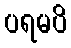
ပရမပိ